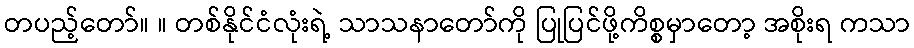
တပည့်တော်။ ။ တစ်နိုင်ငံလုံးရဲ့ သာသနာတော်ကို ပြုပြင်ဖို့ကိစ္စမှာတော့ အစိုးရ ကသာ